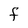
Character: f